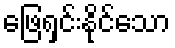
ဖြေရှင်းနိုင်သော